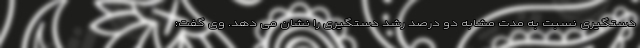
دستگیری نسبت به مدت مشابه دو درصد رشد دستگیری را نشان می دهد. وی گفت: